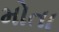
મોતા